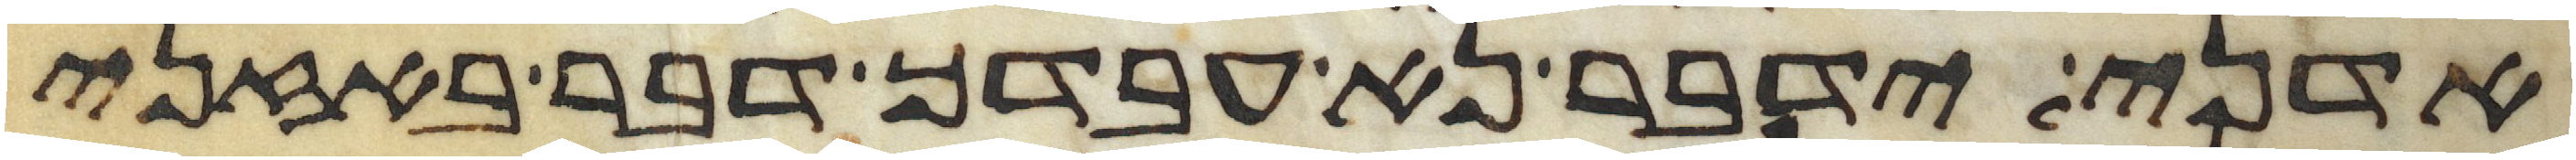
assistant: אדני ידבר נא עבדך דבר באזני